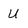
Character: U